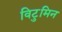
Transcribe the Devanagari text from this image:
विटुमिन